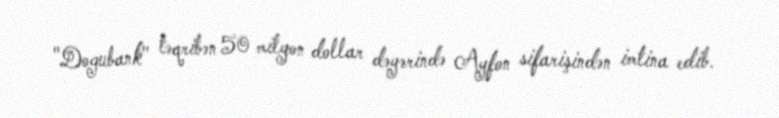
"Dogubank" təqribən 50 milyon dollar dəyərində Ayfon sifarişindən imtina edib.